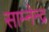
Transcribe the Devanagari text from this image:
साम्नेन्द्र